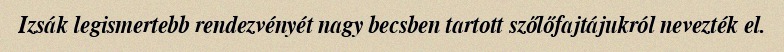
Izsák legismertebb rendezvényét nagy becsben tartott szőlőfajtájukról nevezték el.